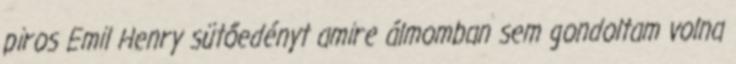
piros Emil Henry sütőedényt amire álmomban sem gondoltam volna